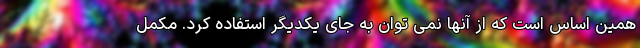
همین اساس است که از آنها نمی توان به جای یکدیگر استفاده کرد. مکمل